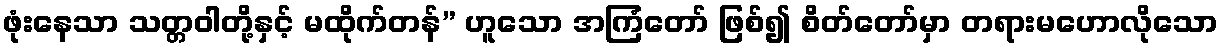
ဖုံးနေသာ သတ္တဝါတို့နှင့် မထိုက်တန်” ဟူသော အကြံတော် ဖြစ်၍ စိတ်တော်မှာ တရားမဟောလိုသော